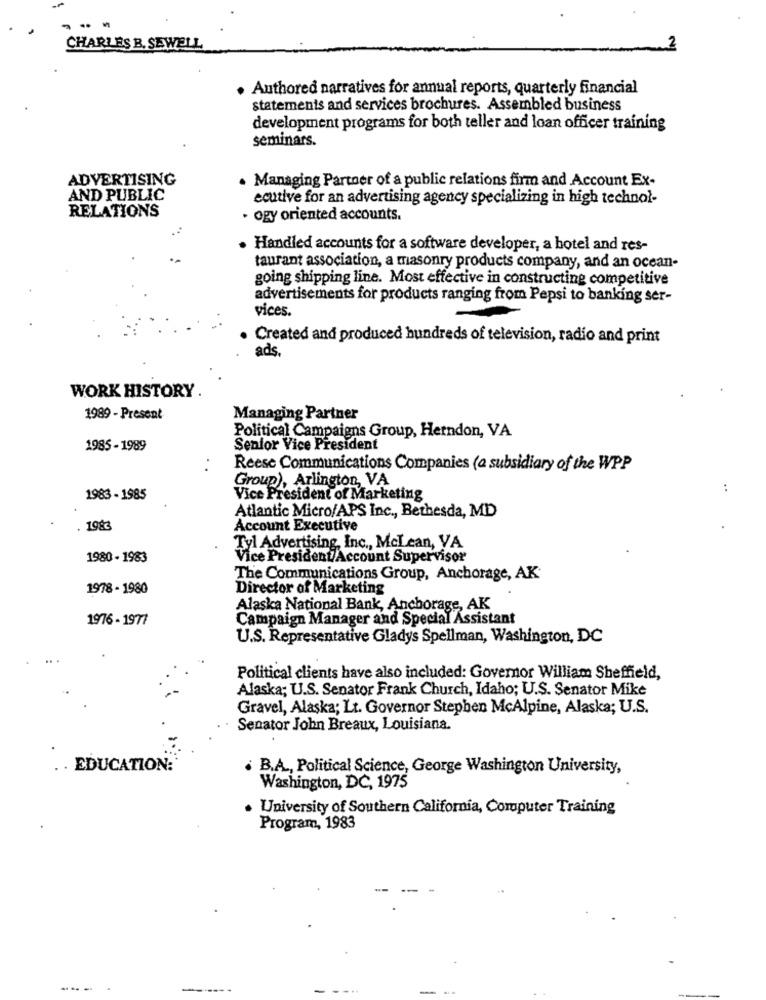
CHARLES B. SEWELL
· Authored narratives for annual reports, quarterly financial
statements and services brochures. Assembled business
development programs for both teller and loan officer training
seminars.
ADVERTISING
. Managing Partner of a public relations firm and Account Ex-
AND PUBLIC
ecutive for an advertising agency specializing in high technal-
RELATIONS
· ogy oriented accounts.
· Handled accounts for a software developer, a hotel and res-
taurant association, a masonry products company, and an ocean-
going shipping line. Most effective in constructing competitive
advertisements for products ranging from Pepsi to banking ser-
vices.
Created and produced hundreds of television, radio and print
ads.
WORK HISTORY
1989 - Present
Managing Partner
Political Campaigns Group, Herndon, VA
1985 -1989
Senior Vice President
Reese Communications Companies (a subsidiary of the WPP
Group), Arlington, VA
:
1983 - 1985
Vice President of Marketing
Atlantic Micro/APS Inc ., Bethesda, MD
. 1983
Account Executive
Tyl Advertising, Inc ., McLean, VA
1980 - 1983
Vice PresidentAccount Supervisor
The Communications Group, Anchorage, AK
1978 - 1980
Director of Marketing
Alaska National Bank, Anchorage, AK
19/76 - 1977
Campaign Manager and Special Assistant
U.S. Representative Gladys Spellman, Washington, DC
Political clients have also included: Governor William Sheffield,
Alaska; U.S. Senator Frank Church, Idaho; U.S. Senator Mike
Gravel, Alaska; Lt. Governor Stephen McAlpine, Alaska; U.S.
Senator John Breaux, Louisiana.
. EDUCATION:
. B.A ., Political Science, George Washington University,
Washington, DC, 1975
University of Southern California, Computer Training
Program, 1983
-